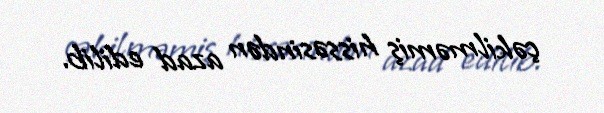
çəkilməmiş hissəsindən azad edilib.